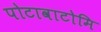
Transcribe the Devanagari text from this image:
पोटावाटोमि